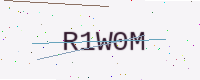
Text: R1W0M